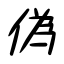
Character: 偽